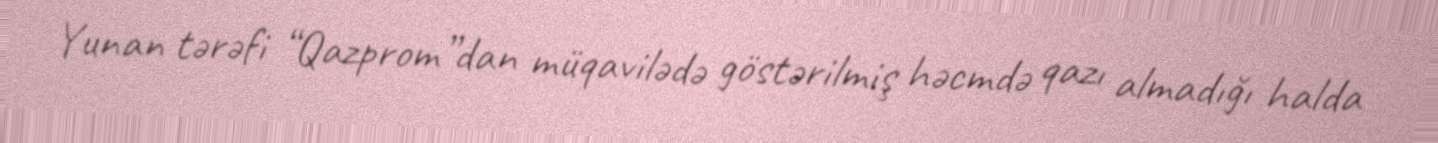
Yunan tərəfi “Qazprom”dan müqavilədə göstərilmiş həcmdə qazı almadığı halda